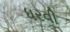
ધરવી